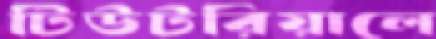
টিউটরিয়ালে